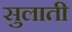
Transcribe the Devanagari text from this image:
सुलाती